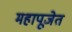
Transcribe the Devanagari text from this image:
महापूजेत